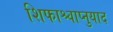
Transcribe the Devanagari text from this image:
शिफाश्चाप्नुयाद